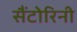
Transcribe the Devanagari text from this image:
सैंटोरिनी